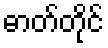
ဓာတ်တိုင်